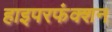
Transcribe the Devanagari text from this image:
हाइपरफंक्शन